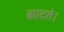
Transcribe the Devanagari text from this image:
काटते।